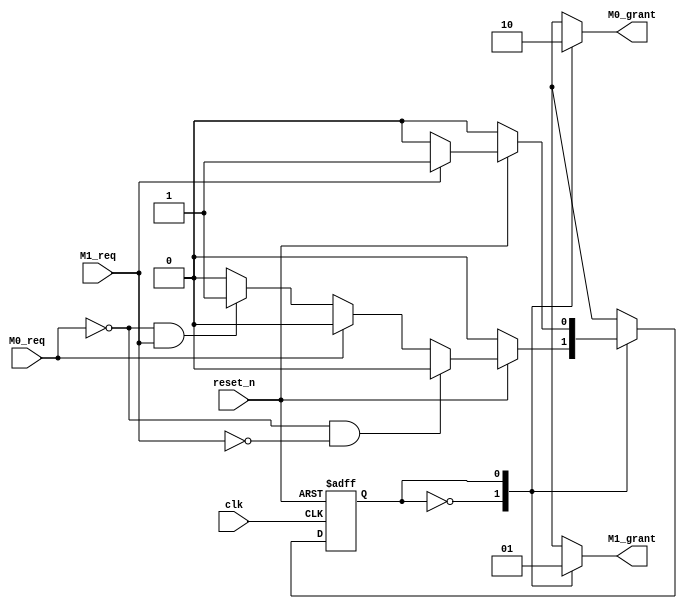
module	Arbitrator(clk, reset_n, M0_req, M1_req, M0_grant, M1_grant);
	input			clk, reset_n, M0_req, M1_req;
	output reg	M0_grant, M1_grant;
	
	//Encode states
	parameter	M0GRANT	= 1'b0;
	parameter	M1GRANT	= 1'b1;
	
	reg			Arbit_STATE;														
	reg			Arbit_NEXT_STATE;
	
	//-----------------------------------------------------------------------------
	
	// Sequential Circuit - (Arbit_STATE)
	always @ (posedge clk or negedge reset_n)
	begin
	if(reset_n == 1'b0)	Arbit_STATE <= M0GRANT;
	else 						Arbit_STATE <= Arbit_NEXT_STATE;
	end
	
	//-----------------------------------------------------------------------------
	
	// Combinational Logic - (Arbit_NEXT_STATE)
	always @ (reset_n or M0_req or M1_req or Arbit_STATE or M0GRANT or M1GRANT)
	begin
	case(Arbit_STATE)
	M0GRANT:
		begin
			if(reset_n == 1'b0)									 Arbit_NEXT_STATE <= M0GRANT;
			else if((M0_req == 1'b0) && (M1_req == 1'b0)) Arbit_NEXT_STATE <= M0GRANT;
			else if(M0_req == 1'b1)								 Arbit_NEXT_STATE <= M0GRANT;
			else if((M0_req == 1'b0) && (M1_req == 1'b1)) Arbit_NEXT_STATE <= M1GRANT;
			else														 Arbit_NEXT_STATE <= M0GRANT;
		end
	M1GRANT:
		begin
			if(reset_n == 1'b0) 									 Arbit_NEXT_STATE <= M0GRANT;
			else if(M1_req == 1'b1) 							 Arbit_NEXT_STATE <= M1GRANT;
			else if(M1_req == 1'b0) 							 Arbit_NEXT_STATE <= M0GRANT;
			else														 Arbit_NEXT_STATE <= M0GRANT;
		end
	default:															 Arbit_NEXT_STATE <= M0GRANT;
	endcase
	end
	
	//-----------------------------------------------------------------------------
	
	// Combinational Circuit - Output Logic
	always @ (Arbit_STATE)
	begin
	case(Arbit_STATE)
		M0GRANT : 
		begin
			M0_grant = 1'b1;
			M1_grant = 1'b0;
		end
		M1GRANT : 
		begin
			M0_grant = 1'b0;
			M1_grant = 1'b1;
		end
	endcase
	end
	
endmodule